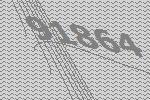
91864